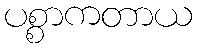
ပစ္စာကတာယ